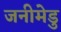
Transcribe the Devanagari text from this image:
जनीमेडु